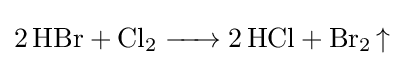
{\ce {2HBr + Cl2 -> 2HCl + Br2 ^}}